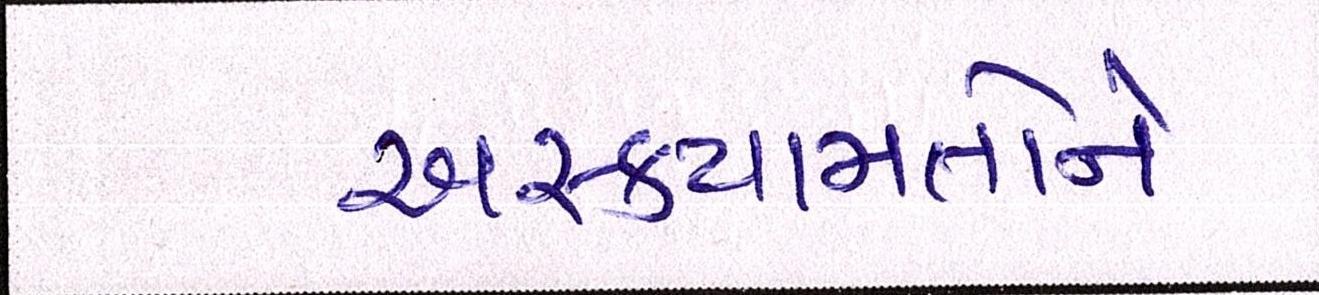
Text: અસ્કયામતોને